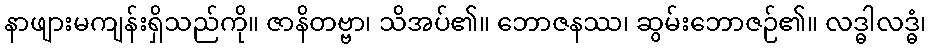
နာဖျားမကျန်းရှိသည်ကို။ ဇာနိတဗ္ဗာ၊ သိအပ်၏။ ဘောဇနဿ၊ ဆွမ်းဘောဇဉ်၏။ လဒ္ဓါလဒ္ဓံ၊